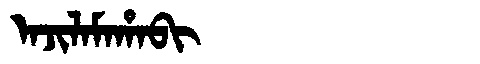
Manchu: ᠠᠵᡳᠯᠠᠮᠠᡥᠠᠪᡳ
Romanization: AJILAMAHABI